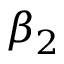
\beta _ { 2 }